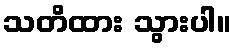
သတိထား သွားပါ။